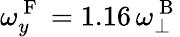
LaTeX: \omega_{y}^{\mathrm{~F~}}=1.16\, \omega_{\perp}^{\mathrm{~B~}}